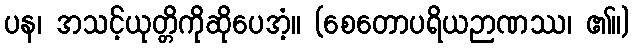
ပန၊ အသင့်ယုတ္တိကိုဆိုပေအံ့။ (စေတောပရိယဉာဏဿ၊ ၏။)